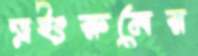
ড্রইংরুমের